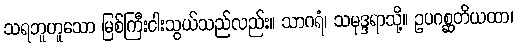
သရဘူဟူသော မြစ်ကြီးငါးသွယ်သည်လည်း။ သာဂရံ၊ သမုဒ္ဒရာသို့။ ဥပဂစ္ဆတိယထာ၊